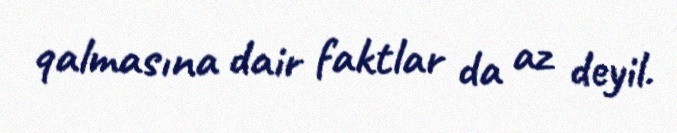
qalmasına dair faktlar da az deyil.